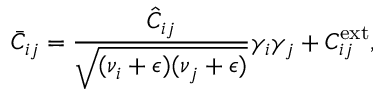
\bar { C } _ { i j } = \frac { \hat { C } _ { i j } } { \sqrt { ( \nu _ { i } + \epsilon ) ( \nu _ { j } + \epsilon ) } } \gamma _ { i } \gamma _ { j } + C _ { i j } ^ { \mathrm { e x t } } ,